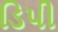
ડિપી